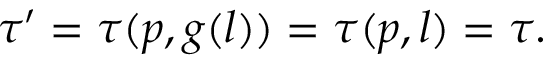
\tau ^ { \prime } = \tau ( p , g ( l ) ) = \tau ( p , l ) = \tau .